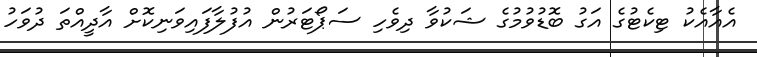
އެއާއެކު ޓިކެޓުގެ އަގު ބޮޑުވުމުގެ ޝަކުވާ ދިވެހި ސަޕޯޓަރުން އުފުލާފައިވަނިކޮށް އާދީއްތަ ދުވަހު